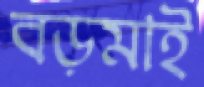
বড়মাই